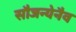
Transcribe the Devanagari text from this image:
सौजन्येनैव